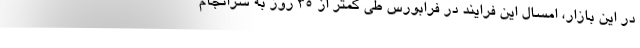
در این بازار، امسال این فرایند در فرابورس طی کمتر از 35 روز به سرانجام